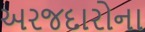
અરજદારોના